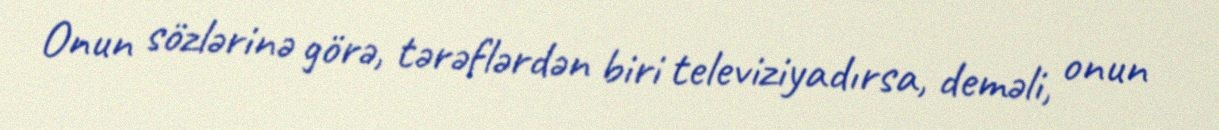
Onun sözlərinə görə, tərəflərdən biri televiziyadırsa, deməli, onun